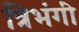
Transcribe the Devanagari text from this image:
त्रिभंगीं